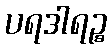
ပရဒါရဉ္စ